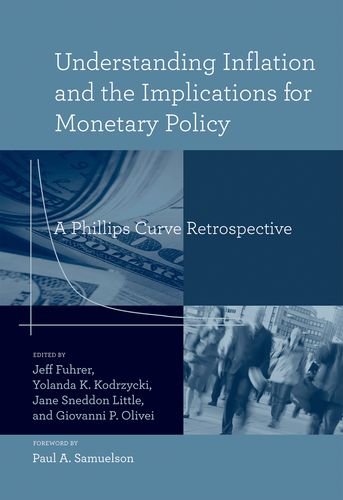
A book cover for Understanding Inflation and the Implications for Monetary                 Policy: A Phillips Curve Retrospective; Business & Money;